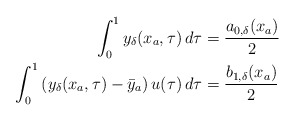
\begin{align*}\displaystyle \int_{0}^{1}y_\delta(x_a,\tau)\,d\tau &= \dfrac{a_{0,\delta}(x_a)}{2}\\\displaystyle \int_{0}^{1}\left ( y_\delta({x_a},\tau)-\bar{y}_a \right ) u(\tau)\,d\tau &= \dfrac{b_{1,\delta}(x_a)}{2}\end{align*}